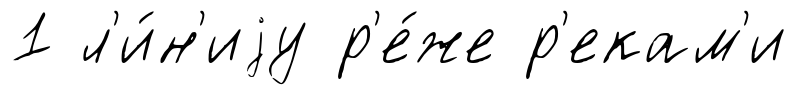
1 л'и́н'иjу р'е́же р'екам'и